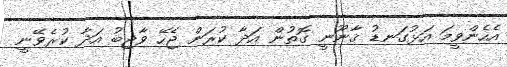
އެހެންވީމަ އަޅުގަނޑު ޤާނޫނީ ގޮތުން އަދާ ކުރަން ޖެހޭ ވާޖިބު އަދާ ކުރެވޭނީ